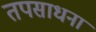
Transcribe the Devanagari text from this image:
तपसाधना